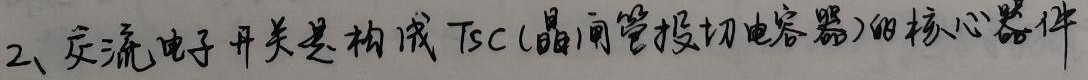
2、交流电子开关是构成TSC(晶闸管投切电容器)的核心器件